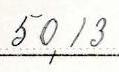
50,13